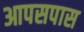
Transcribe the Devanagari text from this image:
आपसपास